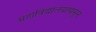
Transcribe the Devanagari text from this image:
महाविद्यालयापासून